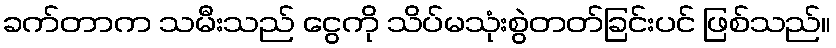
ခက်တာက သမီးသည် ငွေကို သိပ်မသုံးစွဲတတ်ခြင်းပင် ဖြစ်သည်။